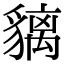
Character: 𧴁